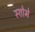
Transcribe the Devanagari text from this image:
स्शोभे